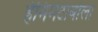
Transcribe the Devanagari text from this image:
हेमिमेटाबोला